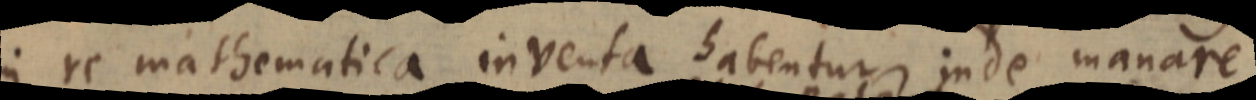
in re mathematica inventa habentur inde manare